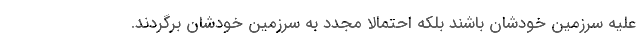
علیه سرزمین خودشان باشند بلکه احتمالاً مجدد به سرزمین خودشان برگردند.